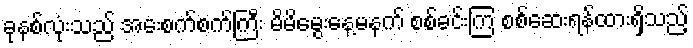
ခုနစ်လုံးသည် အေးစက်စက်ကြီး မိမိမွေးနေ့မနက် စစ်ခင်းကြ စစ်ဆေးရန်ထားရှိသည့်